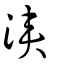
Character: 浹